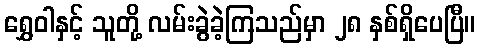
ရွှေဝါနှင့် သူတို့ လမ်းခွဲခဲ့ကြသည်မှာ ၂၈ နှစ်ရှိပေပြီ။